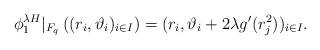
LaTeX: \begin{align*} \phi^{\lambda H}_1|_{F_q}\left((r_i,\vartheta_i)_{i \in I}\right) =(r_i,\vartheta_i + 2 \lambda g'(r_j^2))_{i \in I}.\end{align*}